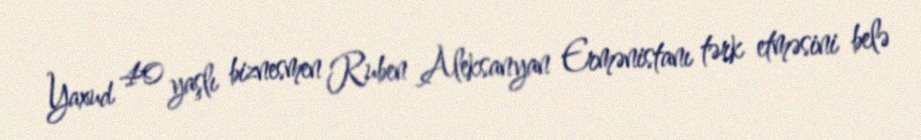
Yaxud 40 yaşlı biznesmen Ruben Aleksanyan Ermənistanı tərk etməsini belə